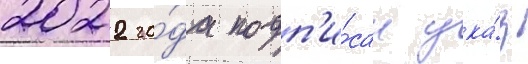
2022 го́да подп'и́сан ука́з